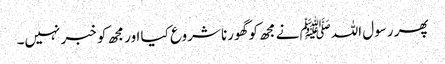
پھر رسول اللہﷺ نے مجھ کو گھورنا شروع کیا اور مجھ کو خبر نہیں۔